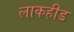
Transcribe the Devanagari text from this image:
लाकहीड